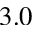
3 . 0